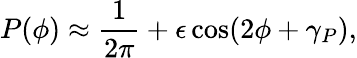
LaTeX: P(\phi)\approx\frac{1}{2\pi}+\epsilon\cos(2\phi+\gamma_{P}),